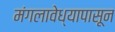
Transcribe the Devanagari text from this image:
मंगलावेध्यापासून